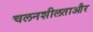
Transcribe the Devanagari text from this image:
चलनशीलताऔर